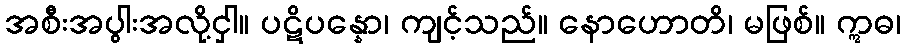
အစီးအပွါးအလို့ငှါ။ ပဋိပန္နော၊ ကျင့်သည်။ နောဟောတိ၊ မဖြစ်။ ဣဓ၊